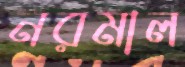
নরমাল